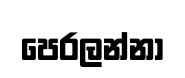
පෙරලන්නා